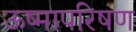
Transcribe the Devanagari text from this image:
ऊष्मापरिषण